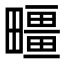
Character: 疅